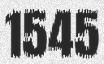
1545